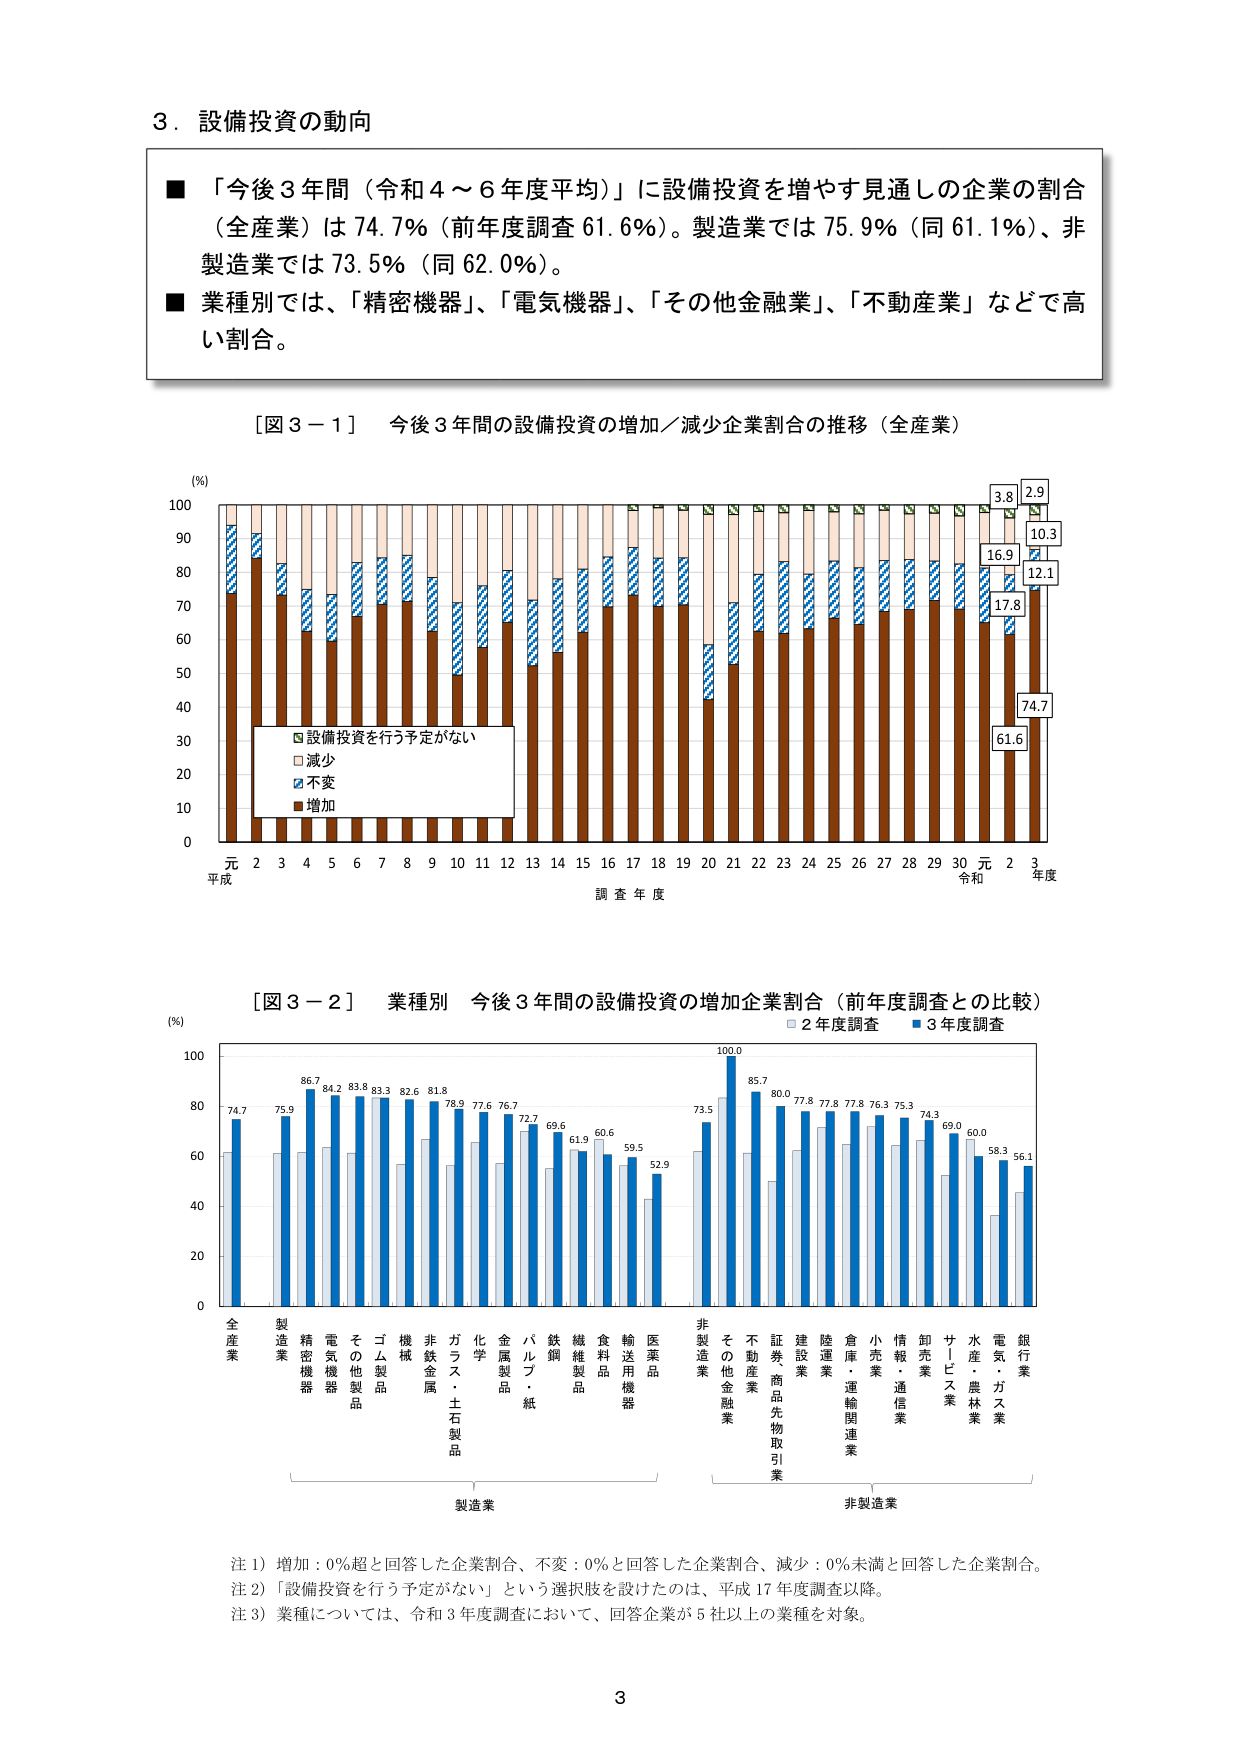
3．設備投資の動向

■「今後3年間（令和4～6年度平均）」に設備投資を増やす見通しの企業の割合（全産業）は74.7％（前年度調査61.6％）。製造業では75.9％（同61.1％）、非製造業では73.5％（同62.0％）。
■業種別では、「精密機器」、「電気機器」、「その他金融」、「不動産業」などで高い割合。

［図3－1］ 今後3年間の設備投資の増加／減少企業割合の推移（全産業）

(％)
100
90
80
70
60
50
40
30
20
10
0

■設備投資を行う予定がない
□減少
■不変
■増加

元 2 3 4 5 6 7 8 9 10 11 12 13 14 15 16 17 18 19 20 21 22 23 24 25 26 27 28 29 30 元 2 3
平成 調査年度 令和 年度

3.8
2.9
16.9
10.3
17.8
12.1
61.6
74.7

［図3－2］ 業種別 今後3年間の設備投資の増加企業割合（前年度調査との比較）

(％)
100
80
60
40
20
0

■2年度調査
■3年度調査

全産業
製造業
精密機器
電気機器
その他製品
ゴム製品
機械
非鉄金属
ガラス・土石製品
化学
金属製品
パルプ・紙
鉄鋼
繊維製品
食料品
輸送用機器
医薬品
非製造業
その他金融
不動産業
証券・商品先物取引業
建設業
陸運業
倉庫・運輸関連業
小売業
情報・通信業
卸売業
サービス業
水産・農林業
電気・ガス業
銀行業

74.7
75.9
86.7
84.2
83.8
83.3
82.6
81.8
78.9
77.6
76.7
72.7
69.6
61.9
60.6
59.5
52.9
73.5
100.0
85.7
80.0
77.8
77.8
77.8
76.3
75.3
74.3
69.0
60.0
58.3
56.1

製造業
非製造業

注1）増加：0％超と回答した企業割合、不変：0％と回答した企業割合、減少：0％未満と回答した企業割合。
注2）「設備投資を行う予定がない」という選択肢を設けたのは、平成17年度調査以降。
注3）業種については、令和3年度調査において、回答企業が5社以上の業種を対象。

3